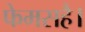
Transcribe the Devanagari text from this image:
फेमसहै।